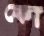
কো